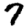
Digit: 7